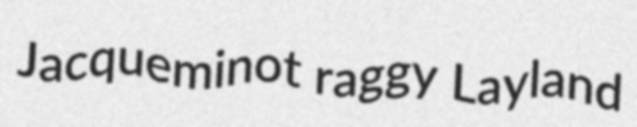
Jacqueminot raggy Layland